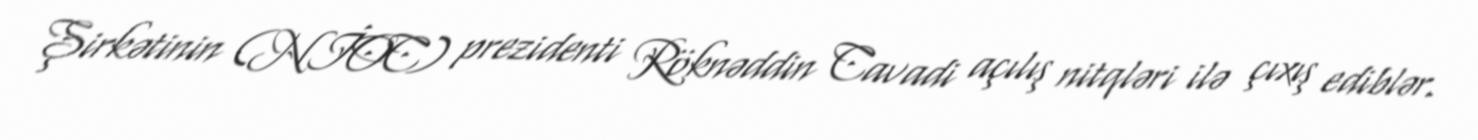
Şirkətinin (NİOC) prezidenti Röknəddin Cavadi açılış nitqləri ilə çıxış ediblər.